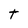
Character: t